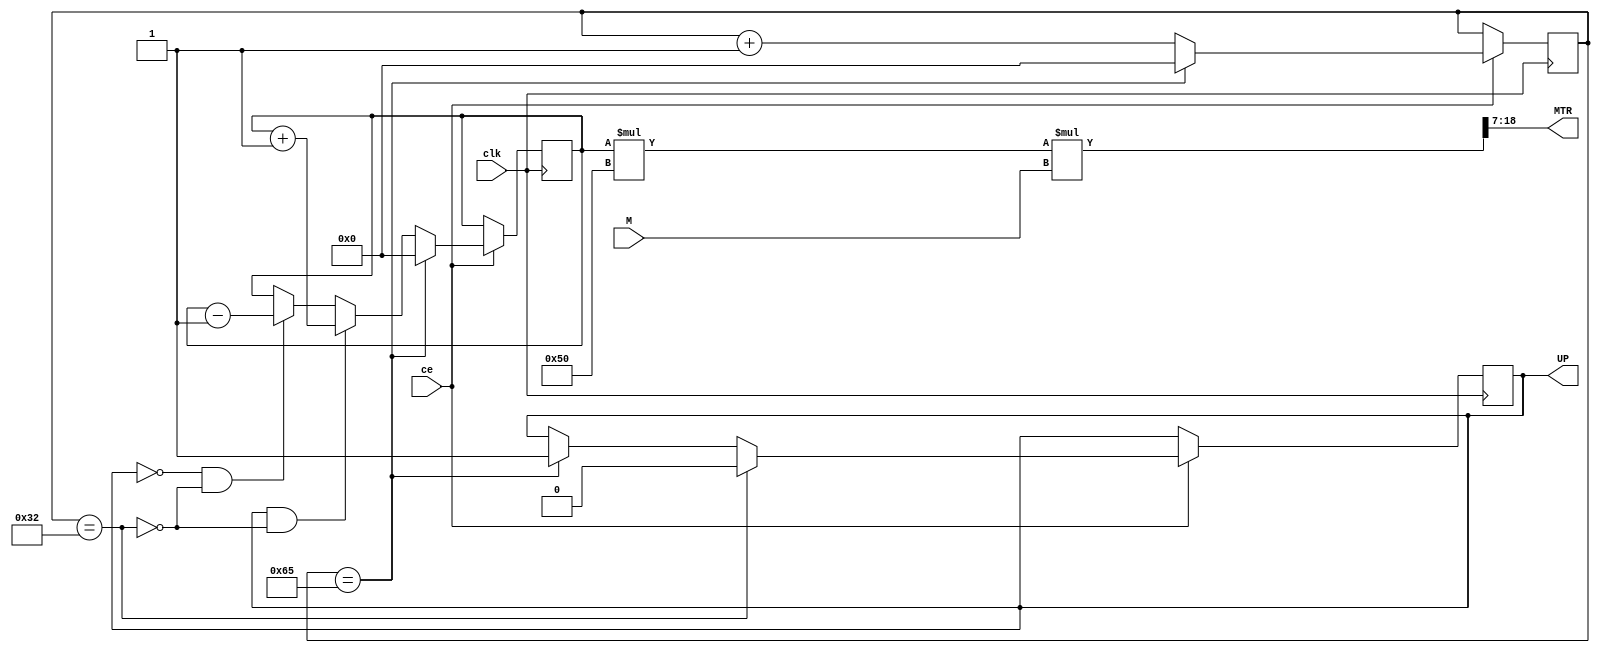
module AGN_MTR(input clk, output reg UP=1,
               input ce, output wire [11:0] MTR,// 
               input [7:0]M); //

  parameter NP=100 ; //    (AMP(TR)=NP/2=50)
  parameter MA=4000/(NP/2); //  (4000/50=80)

  reg [7:0] cb_NP=0 ;
  wire CO_TR ;
  reg [7:0] TR=0 ;
  wire [11:0]Y=TR*MA ; //   
  wire [19:0]MY=Y*M ; //   
  
  assign MTR=MY>>7 ;
  assign CO_TR = (cb_NP==NP+1) ;
  
  always @ (posedge clk) if (ce) begin
    cb_NP <= CO_TR? 0 : cb_NP+1 ;
    UP <= (cb_NP==NP/2)? 0 : (CO_TR)? 1 : UP ;
    TR <= CO_TR? 0 :(UP & !(cb_NP==NP/2))? TR+1:(!UP & !(cb_NP==NP/2))? TR-1 : TR;
  end

endmodule